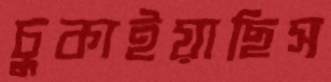
চুকাইয়াছিস